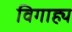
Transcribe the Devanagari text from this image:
विगाह्य